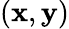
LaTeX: (\textbf{x},\textbf{y})